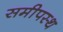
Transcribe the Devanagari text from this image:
समीपस्‍थ